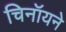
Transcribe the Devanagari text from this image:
चिनॉयने